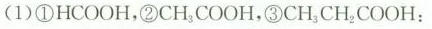
(1)①HCOOH，②CH_{3}COOH，③CH_{3}CH_{2} COOH：